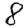
Digit: 8